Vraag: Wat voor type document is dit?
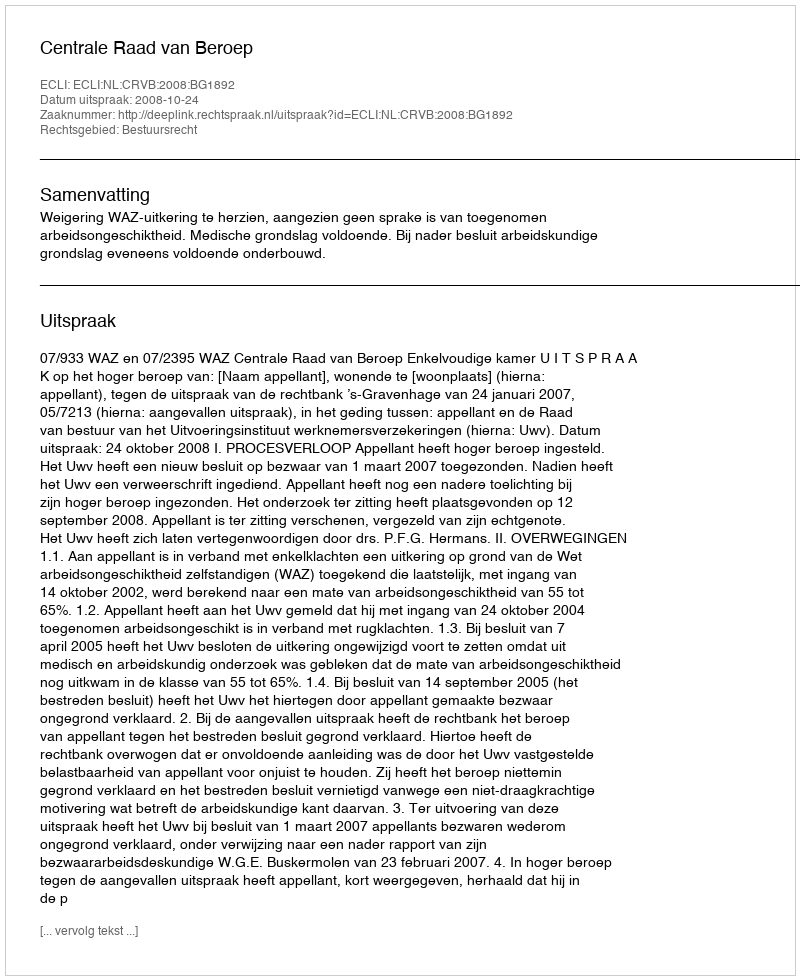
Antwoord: Uitspraak